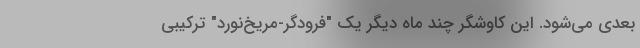
بعدی می‌شود. این کاوشگر چند ماه دیگر یک "فرودگر-مریخ‌نورد" ترکیبی